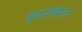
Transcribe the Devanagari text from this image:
हृदपेशिज